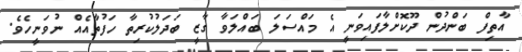
އާތިފް ބަންދުން ދޫކޮށްލާފައިވަނީ އެ މައްސަލަ ބައްލަވާ ގާޒީ ބަދަލުކުރިތާ ހަފުތާއެއް ނުވަނީހެވެ.